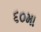
૬૦મા